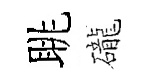
眺礲